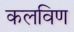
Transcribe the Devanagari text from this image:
कलविण